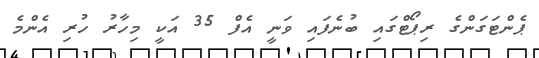
ޕެންޓަގަންގެ ރިޕޯޓްގައި ބުނެފައި ވަނީ އެފް 35 އަކީ މިހާރު ހުރި އެންމެ